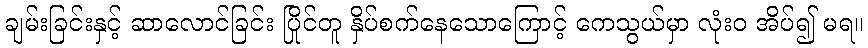
ချမ်းခြင်းနှင့် ဆာလောင်ခြင်း ပြိုင်တူ နှိပ်စက်နေသောကြောင့် ကေသွယ်မှာ လုံးဝ အိပ်၍ မရ။